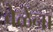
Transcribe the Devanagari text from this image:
वेळेंना